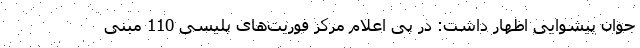
جوان پیشوایی اظهار داشت: در پی اعلام مرکز فوریت‌های پلیسی 110 مبنی